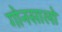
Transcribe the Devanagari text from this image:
गोनसालो